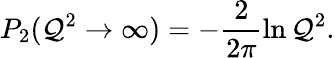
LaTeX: P_{2}(\mathcal{Q}^{2}\rightarrow\infty)=-\frac{{2}}{{2\pi}}\ln\mathcal{Q}^{2}.